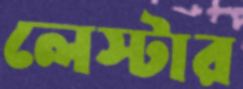
লেস্টার